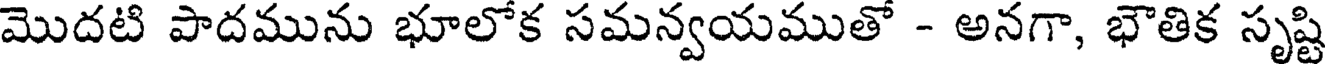
మొదటి పాదమును భూలోక సమన్వయముతో - అనగా, భౌతిక సృష్టి